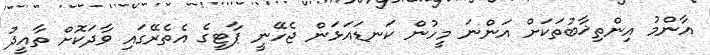
އާންމު އިންތިޚާބުތަކަށް އަންނަ މީހުން ކަނޑައަޅަން ޖެހޭނީ ޕާޓީގެ އެތެރޭގައި ވާދަކޮށް ތާއީދު